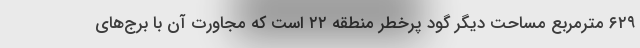
۶۲۹ مترمربع مساحت دیگر گود پرخطر منطقه ۲۲ است که مجاورت آن با برج‌های